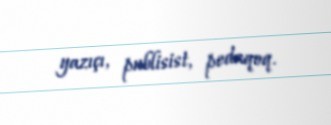
yazıçı, publisist, pedaqoq.